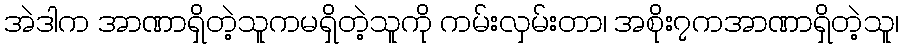
အဲဒါက အာဏာရှိတဲ့သူကမရှိတဲ့သူကို ကမ်းလှမ်းတာ၊ အစိုး၇ကအာဏာရှိတဲ့သူ၊